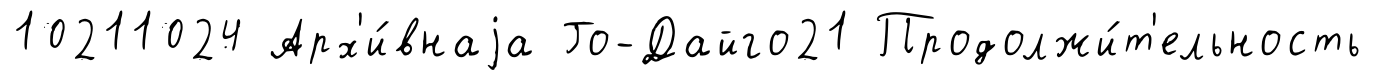
10211024 Арх'и́внаjа Го-Дайго21 Продолжи́т'ельность